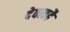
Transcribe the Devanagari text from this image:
देवत्वहै